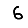
Digit: 6